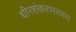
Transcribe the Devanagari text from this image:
धीरशंकरभरणम